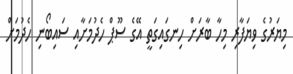
މިޔަރުގެ ވިޔަފާރި މިހާ ބާރަށް ހިނގައިގަތީ އޭގެ ސޫޕް ހެދުމަށާއި ސައިބޯނި ހެދުމަށް